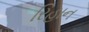
રિહાન